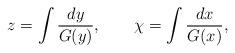
LaTeX: \begin{align*}z = \int \frac{dy}{G(y)}, \qquad \chi = \int \frac{dx}{G(x)},\end{align*}